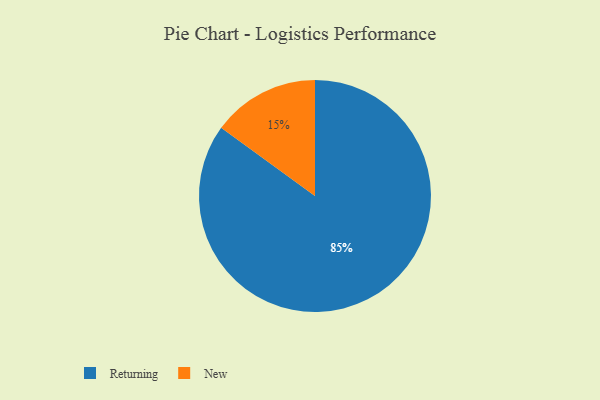
{"axis": {"x": "Category", "y": "Percentage"}, "legend": ["New", "Returning"], "data": [{"x": "Returning", "y": 85, "type": "Returning"}, {"x": "New", "y": 15, "type": "New"}]}